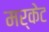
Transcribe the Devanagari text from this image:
मर्केट